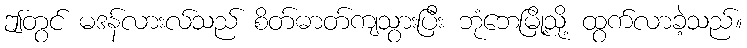
ဤတွင် မဒန်လားလ်သည် စိတ်ဓာတ်ကျသွားပြီး ဘုံဘေမြို့သို့ ထွက်လာခဲ့သည်။